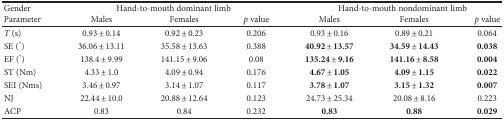
<table><thead><tr><td><b>Gender</b></td><td colspan="3"><b>Hand-to-mouth dominant limb</b></td><td colspan="3"><b>Hand-to-mouth nondominant limb</b></td></tr><tr><td><b>Parameter</b></td><td><b>Males</b></td><td><b>Females</b></td><td><b><i>p</i> value</b></td><td><b>Males</b></td><td><b>Females</b></td><td><b><i>p</i> value</b></td></tr></thead><tbody><tr><td><i>T</i> (s)</td><td>0.93 ± 0.14</td><td>0.92 ± 0.23</td><td>0.206</td><td>0.93 ± 0.16</td><td>0.89 ± 0.21</td><td>0.064</td></tr><tr><td>SE (°)</td><td>36.06 ± 13.11</td><td>35.58 ± 13.63</td><td>0.388</td><td><b>40.92</b> ± <b>13.57</b></td><td><b>34.59</b> ± <b>14.43</b></td><td><b>0.038</b></td></tr><tr><td>EF (°)</td><td>138.4 ± 9.99</td><td>141.15 ± 9.06</td><td>0.08</td><td><b>135.24</b> ± <b>9.16</b></td><td><b>141.16</b> ± <b>8.58</b></td><td><b>0.004</b></td></tr><tr><td>ST (Nm)</td><td>4.33 ± 1.0</td><td>4.09 ± 0.94</td><td>0.176</td><td><b>4.67</b> ± <b>1.05</b></td><td><b>4.09</b> ± <b>1.15</b></td><td><b>0.022</b></td></tr><tr><td>SEI (Nms)</td><td>3.46 ± 0.97</td><td>3.14 ± 1.07</td><td>0.117</td><td><b>3.78</b> ± <b>1.07</b></td><td><b>3.15</b> ± <b>1.32</b></td><td><b>0.007</b></td></tr><tr><td>NJ</td><td>22.44 ± 10.0</td><td>20.88 ± 12.64</td><td>0.123</td><td>24.73 ± 25.34</td><td>20.08 ± 8.16</td><td>0.223</td></tr><tr><td>ACP</td><td>0.83</td><td>0.84</td><td>0.232</td><td><b>0.83</b></td><td><b>0.88</b></td><td><b>0.029</b></td></tr></tbody></table>